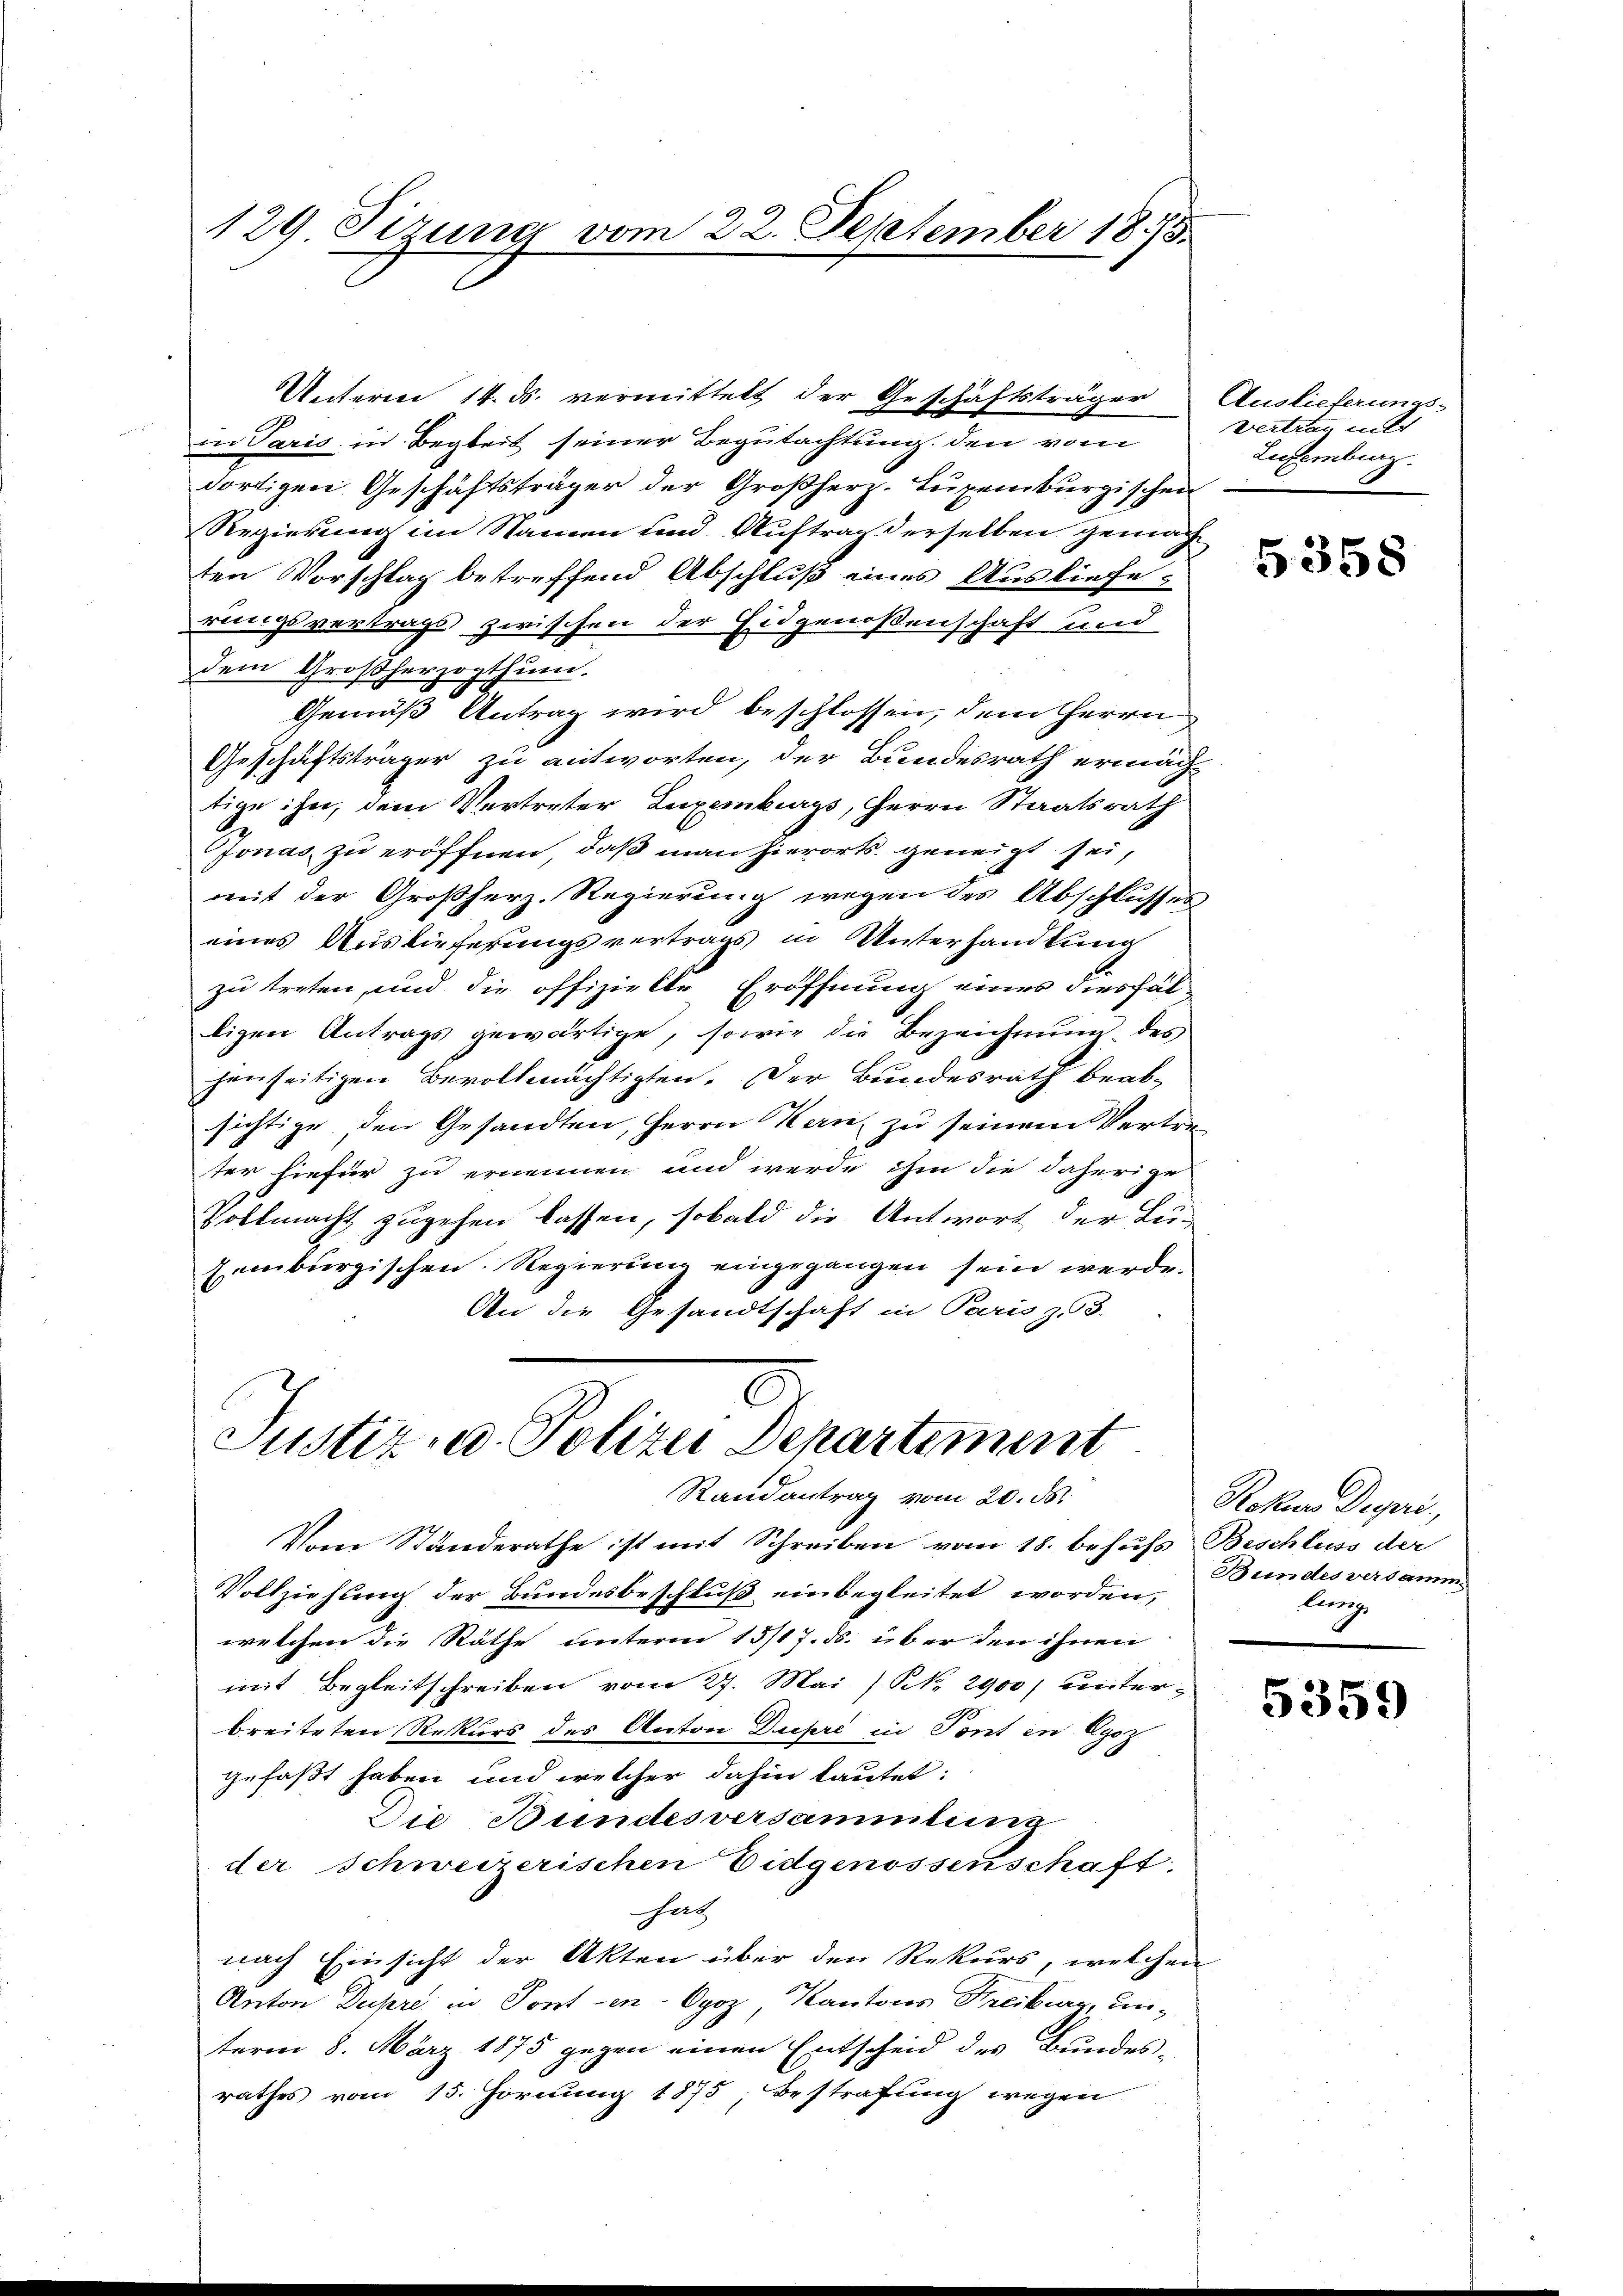
129. Sizung vom 22. September 185.

Unterm 14. ds. vermittelt der Geschäftsträger Auslieferungs-
in Paris in Begleit seiner Begutachtung den vom
dortigen Geschäftsträger der Großherz-Luxenburgischen
Regierung im Namen und Auftrag derselben gemach
ten Vorschlag betreffend Abschluß eines Auslieferungsvertrags zwischen der Eidgenossenschaft und
dem Großherzogthum.
Gemäß Antrag wird beschlossen, dem Herrn
Geschäftsträger zu antworten, der Bundesrath ermäch-
tige ihn, dem Vertreter Luxenburgs, Herrn Staatsrath
Jonas zu eröffnen, daß man hierorts geneigt sei,
reut der Großherz-Regierung wegen der Abschlusses
eines Auslieferungsvertrags in Unterhandlung
zu treten, und die offizielle Eröffnung eines diesfälligen Antrags gewärtige, sowie die Bezeichnŭng des
henseitigen Bevollmächtigten. Der Bundesrath beabsichtige den Gesandten, Herrn Kern, zu seinem Vertre-
ter hiefür zu ernennen und werde ihm die daherige
Vollmacht zugehen lassen, sobald die Antwort der Lu-
Eimbergischen Regierung eingegangen sein werde.
An die Gesandtschaft in Paris zu 3.

Justiz- u. Polizei Departement
Randantrag vom 20. ds.

Vom Standerathe ist mit Schreiben vom 18. behufs Beschluss der
Vollziehung der Bundesbeschluß einbegleitet worden,
welchen die Räthe unterm 13/17. ds. über den ihnen
mit Begleitschreiben vom 27. Mai / N. 2900) unterbreiteten Rekurs des Anton Dupré in Tont in Egoz
gefaßt haben und welcher dahin lautet:
Die Bundesversammlung
der Schweizerischen Eidgenossenschaft
hatz
nach Einsicht der Akten über den Rekurs, welchen
Anton Dupre in Ponten Opoz, Kantons Freiburg, unterm 8. März 1875 gegen einen Entscheid des Bundes-
rathes vom 15. Hornung 1875 bestrafung wegen

vertrag mitt
Lufemburg

5358

Rokus Depari
Bundesversamm
lung

5359